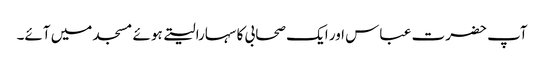
آپ حضرت عباس اور ایک صحابی کا سہارا لیتے ہوئے مسجد میں آئے۔